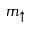
m _ { \uparrow }